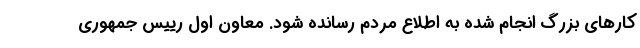
کارهای بزرگ انجام شده به اطلاع مردم رسانده شود. معاون اول رییس جمهوری